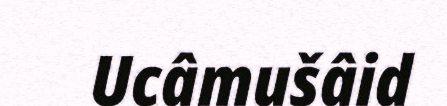
Ucâmušâid